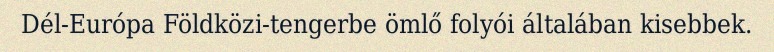
Dél-Európa Földközi-tengerbe ömlő folyói általában kisebbek.